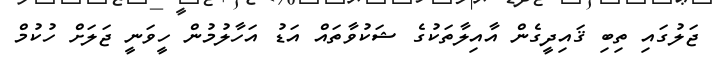
ޖަލުގައި ތިބި ޤައިދީގެން އާއިލާތަކުގެ ޝަކުވާތައް އަޑު އަހާލުމުން ހީވަނީ ޖަލަށް ހުކުމް